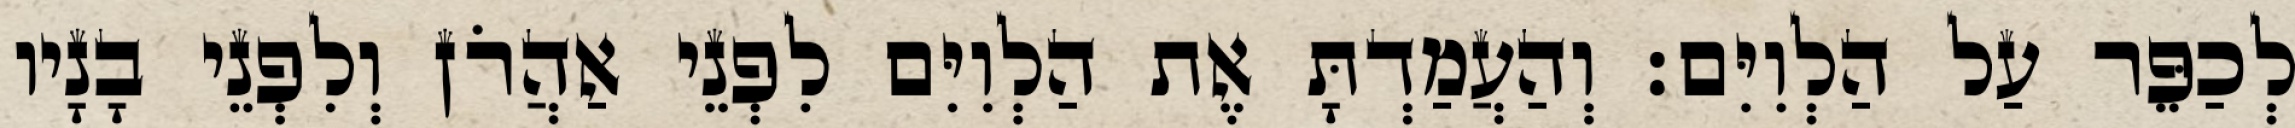
לְכַפֵּר עַל הַלְוִיִּם׃ וְהַעֲמַדְתָּ אֶת הַלְוִיִּם לִפְנֵי אַהֲרֹן וְלִפְנֵי בָנָיו